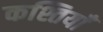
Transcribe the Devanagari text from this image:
कश्तियाँ